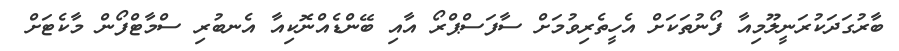
ބާރުގަދަކުރަނީލޫމިއާ ފޯނުތަކަށް އެހީތެރިވުމަށް ސާފަސްޕްރޯ އާއި ބޭންޑެއްނޮކިއާ އެނބުރި ސްމާޓްފޯން މާކެޓަށް